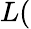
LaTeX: L(